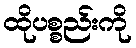
ထိုပစ္စည်းကို